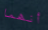
أنهما